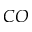
C O